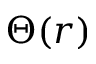
\Theta ( r )